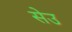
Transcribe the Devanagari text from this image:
सेउ